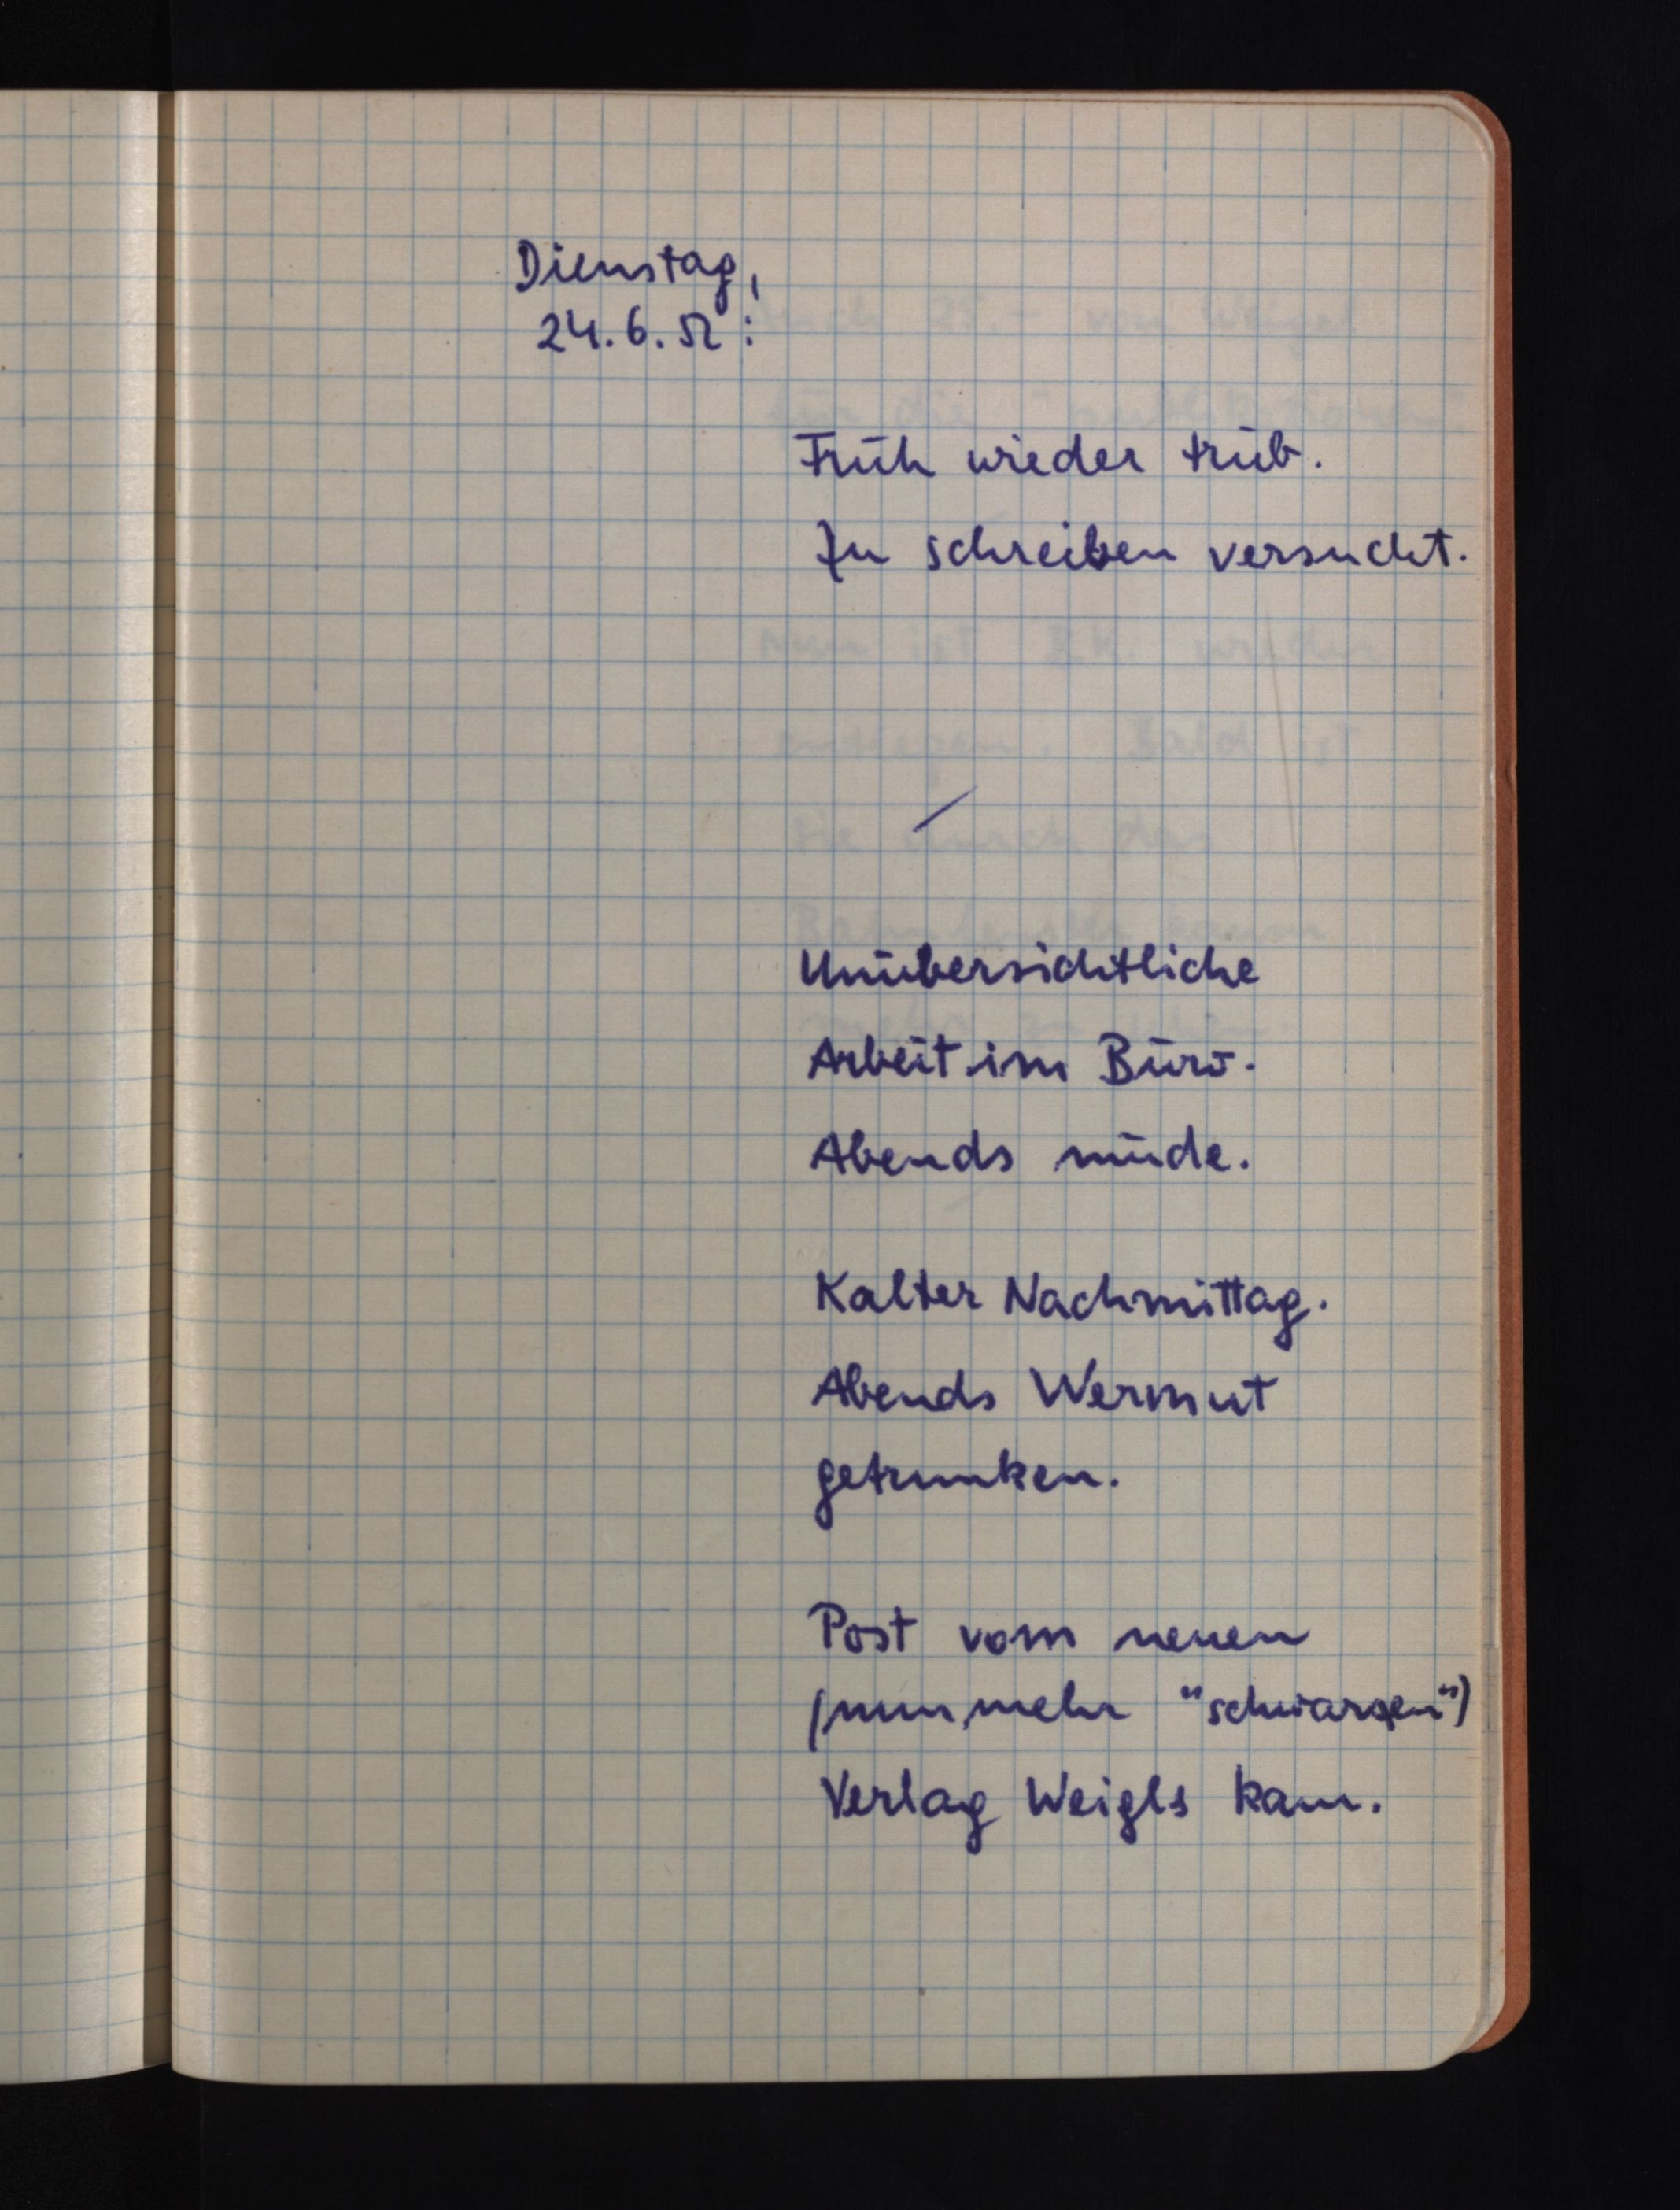
Dienstag,
24.6.52:
Früh wieder trüb.
Zu schreiben versucht.
Unübersichtliche
Arbeit im Büro.
Abends müde.
Kalter Nachmittag.
Abends Wermut
getrunken.
Post vom neuen
(nunmehr "schwarzen")
Verlag Weigls kam.